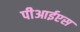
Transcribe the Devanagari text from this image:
पीआईएस